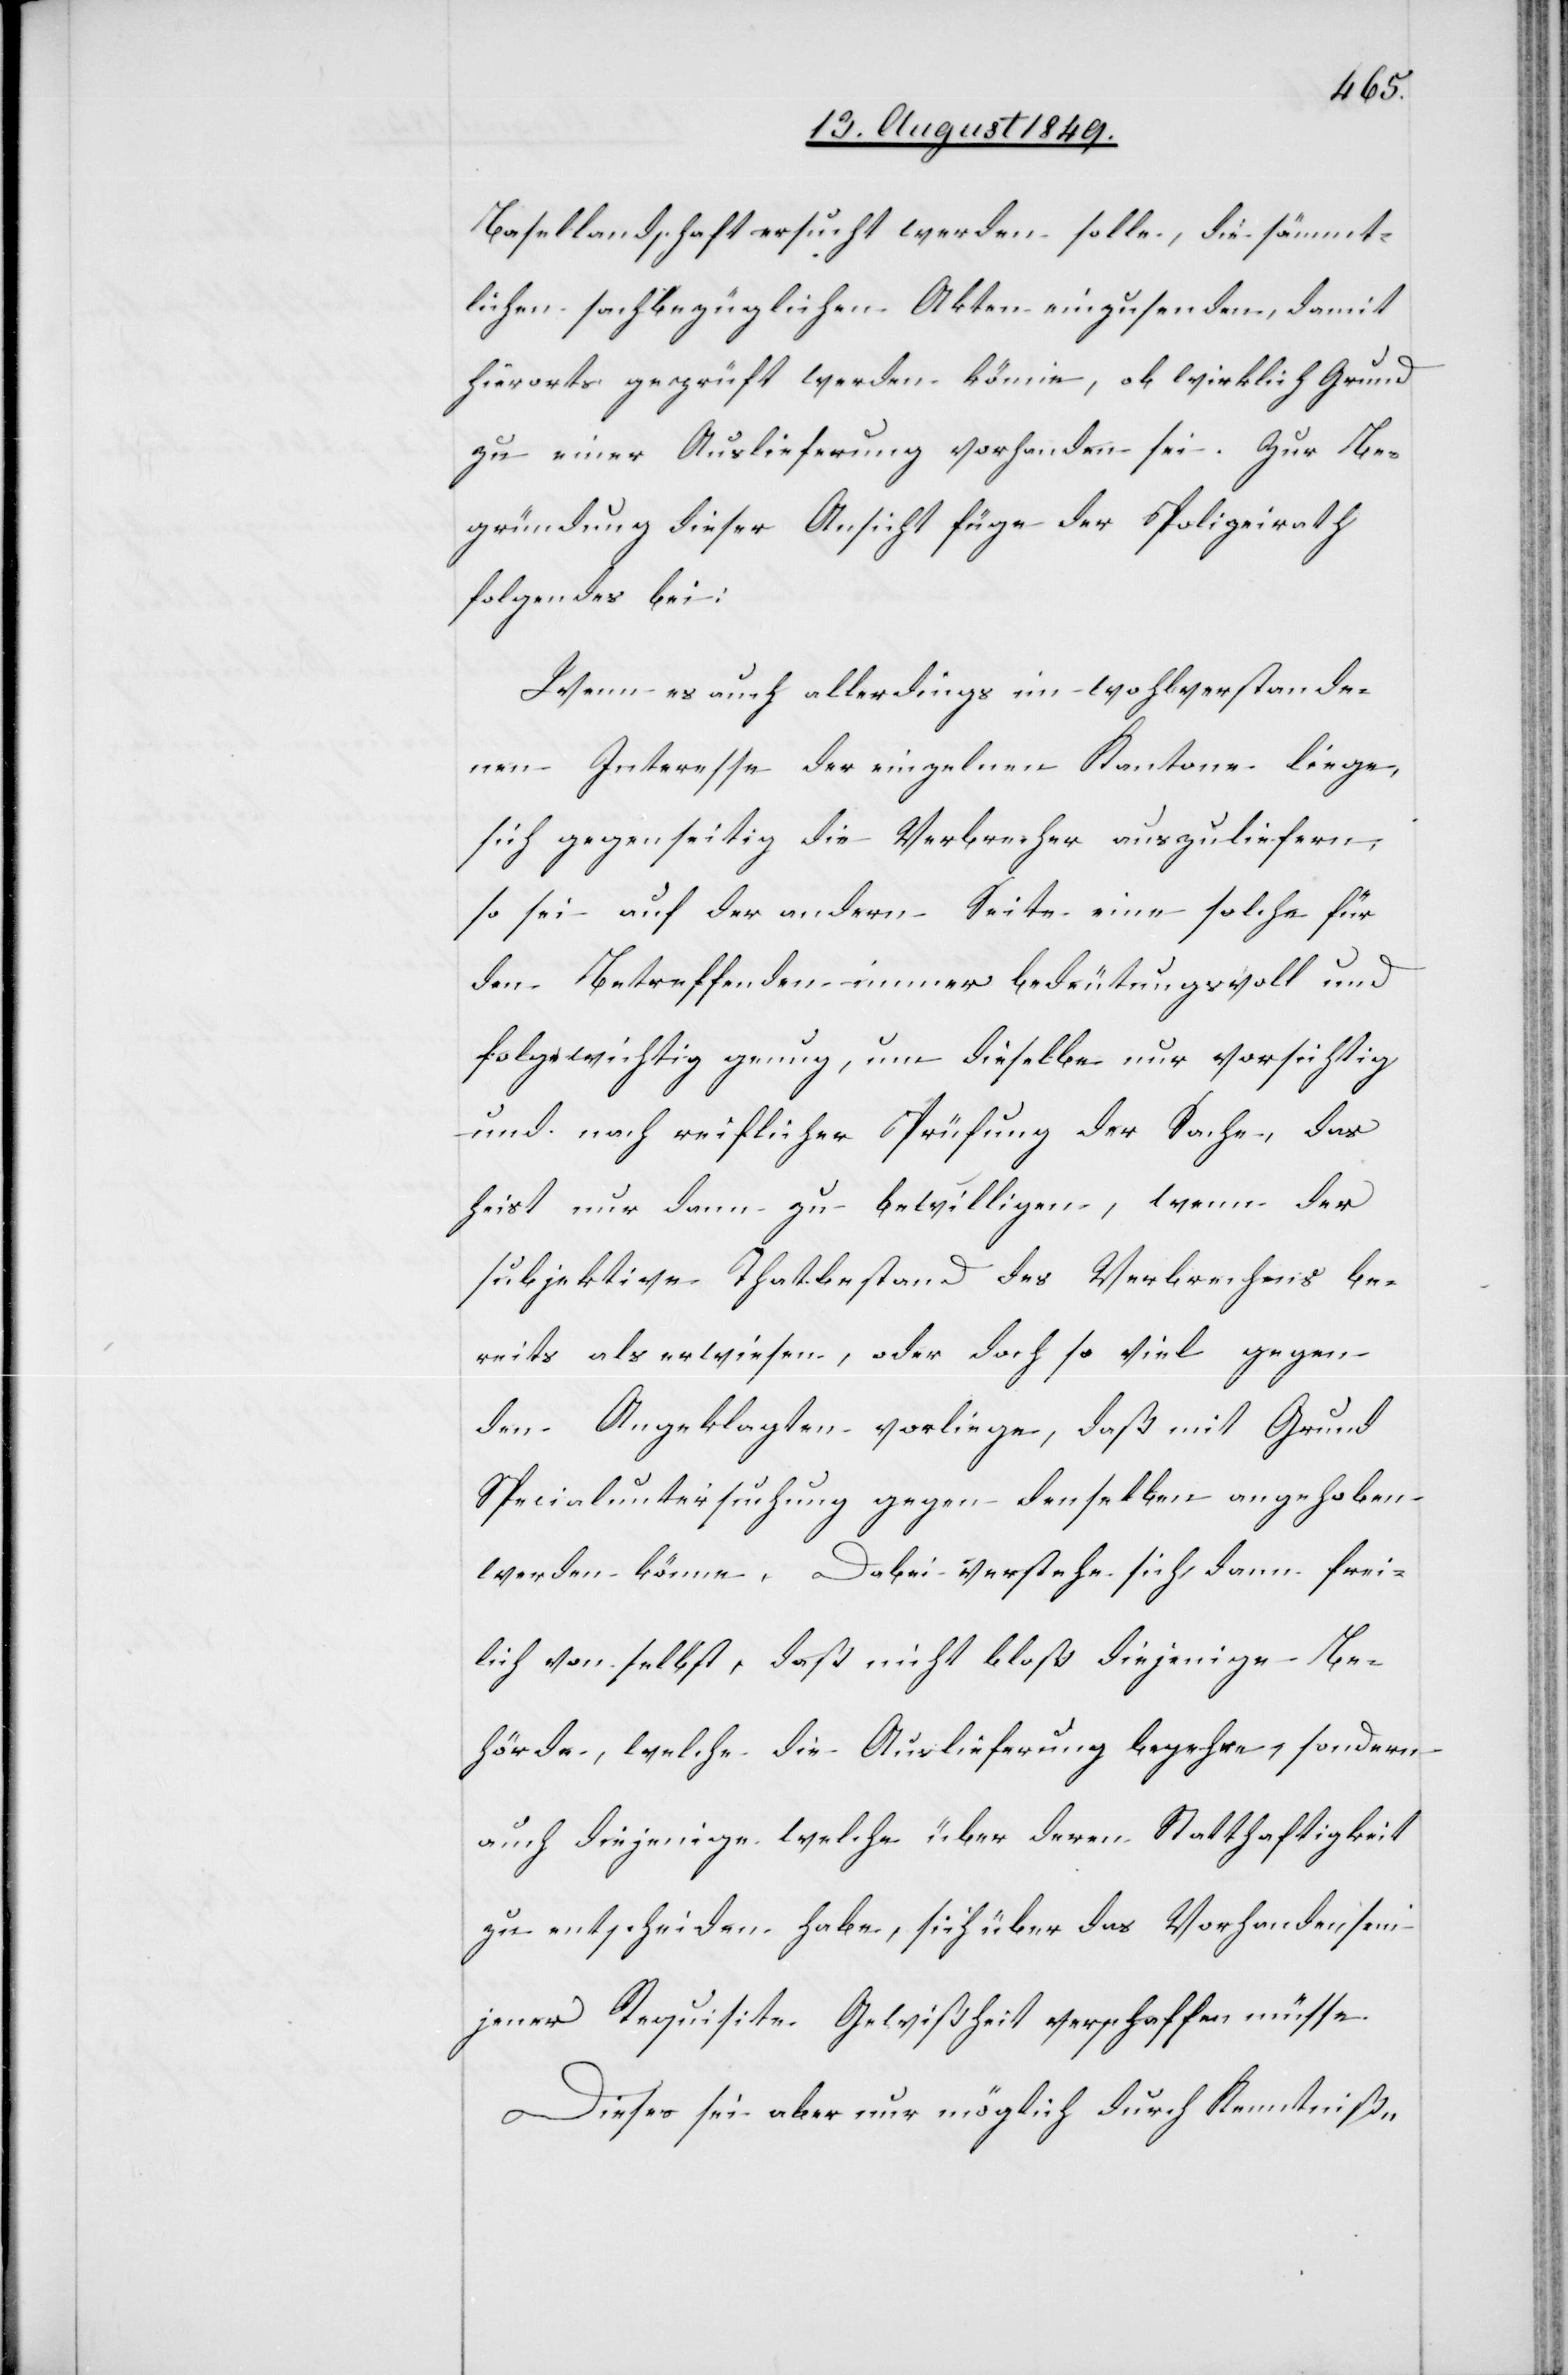
Basellandschaft ersucht werden solle, die sämmt¬
lichen sachbezüglichen Akten einzusenden, damit
hierorts geprüft werden könne, ob wirklich Grund
zu einer Auslieferung vorhanden sei. Zur Be¬
gründung dieser Ansicht füge der Polizeirath
folgendes bei:
Wenn es auch allerdings im wohlverstande¬
nen Interesse der einzelnen Kantone liege,
sich gegenseitig die Verbrecher auszuliefern;
so sei auf der andern Seite eine solche für
den Betreffenden immer bedeutungsvoll und
folgewichtig [sic!] genug, um dieselbe nur vorsichtig
und nach reiflicher Prüfung der Sache, das
[sic!] nur dann zu bewilligen, wenn der
subjektive Thatbestand des Verbrechens be¬
reits als erwiesen, oder doch so viel gegen
den Angeklagten vorliege, daß mit Grund
Specialuntersuchung gegen denselben angehoben
werden könne. Dabei verstehe sich dann frei¬
lich von selbst, daß nicht bloß diejenige Be¬
hörde, welche die Auslieferung begehre, sondern
auch diejenige welche über deren Statthaftigkeit
zu entscheiden habe, sich über das Vorhandensein
jener Requisite Gewißheit verschaffen müsse.
Dieses sei aber nur möglich durch Kenntniß-